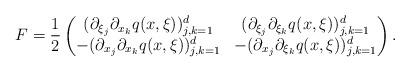
LaTeX: \begin{align*}F=\frac{1}{2}\begin{pmatrix}(\partial_{\xi_j}\partial_{x_k} q(x,\xi))_{j,k=1}^d&(\partial_{\xi_j}\partial_{\xi_k} q(x,\xi))_{j,k=1}^d \\-(\partial_{x_j}\partial_{x_k} q(x,\xi))_{j,k=1}^d&-(\partial_{x_j}\partial_{\xi_k} q(x,\xi))_{j,k=1}^d\end{pmatrix}.\end{align*}